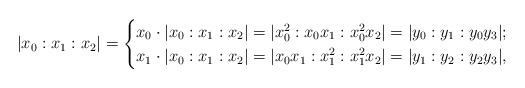
LaTeX: \begin{align*} |x_0:x_1:x_2| = \begin{cases} x_0\cdot|x_0:x_1:x_2| = |x_0^2:x_0x_1:x_0^2x_2| =|y_0:y_1:y_0y_3|; \\ x_1\cdot|x_0:x_1:x_2| = |x_0x_1:x_1^2:x_1^2x_2| =|y_1:y_2:y_2y_3|, \end{cases} \end{align*}